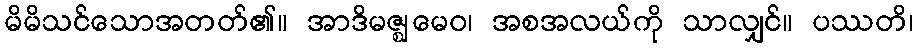
မိမိသင်သောအတတ်၏။ အာဒိမဇ္ဈမေဝ၊ အစအလယ်ကို သာလျှင်။ ပဿတိ၊